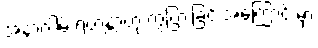
အနာဂါမ် ရဟန္တာဟု ကွဲပြားခြင်းအကြောင်းမှာ